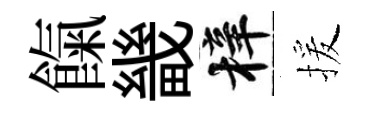
餼畿梓援